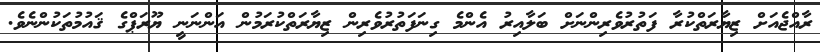
ރާއްޖެއަށް ޒިޔާރަތްކުރާ ފަތުރުވެރިންނަށް ބަލާއިރު އެންމެ ގިނަފަތުރުވެރިން ޒިޔާރަތްކުރަމުން އަންނަނީ ޔޫރަޕްގެ ޤައުމުތަކުންނެވެ.